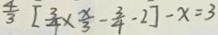
\frac { 4 } { 3 } [ \frac { 3 } { 4 } \times \frac { x } { 3 } - \frac { 3 } { 4 } - 2 ] - x = 3